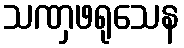
သဏှဖရုသေန